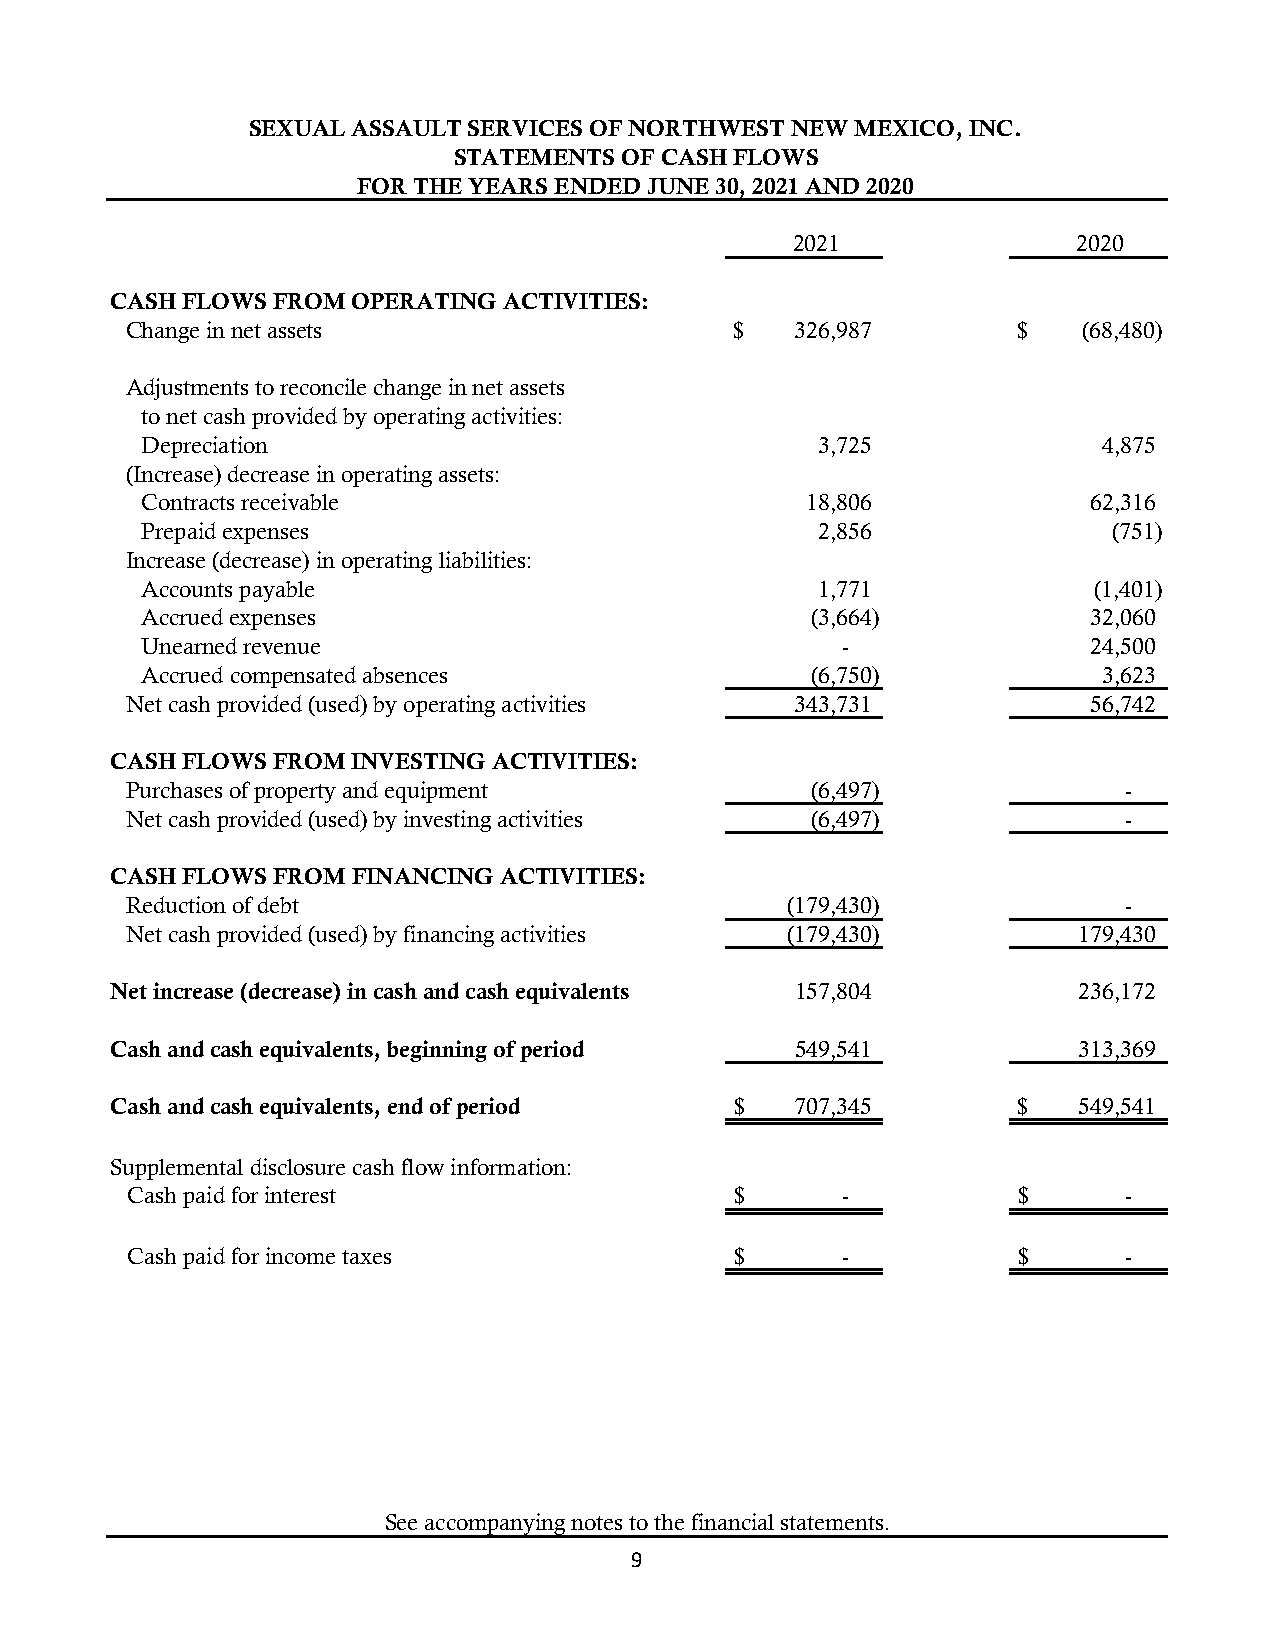
SEXUAL ASSAULT SERVICES OF NORTHWEST NEW MEXICO, INC.
 STATEMENTS OF CASH FLOWS
 FOR THE YEARS ENDED JUNE 30, 2021 AND 2020
 2021              2020
 CASH FLOWS FROM OPERATING ACTIVITIES:
 Change in net assets                     $   3 26,987      $    (68,480)
 Adjustments to reconcile change in net assets
 to net cash provided by operating activities:
 Depreciation                                 3,725              4,875
 (Increase) decrease in operating assets:
 Contracts receivable                        1 8,806            62,316
 Prepaid expenses                             2,856               ( 751)
 Increase (decrease) in operating liabilities:
 Accounts payable                             1,771             (1,401)
 Accrued expenses                             (3,664)           32,060
 Unearned revenue                               -               24,500
 Accrued compensated absences                 (6,750)            3,623
 Net cash provided (used) by operating activities 3 43,731       5 6,742
 CASH FLOWS FROM INVESTING ACTIVITIES:
 Purchases of property and equipment           (6,497)              -
 Net cash provided (used) by investing activities (6,497)           -
 CASH FLOWS FROM FINANCING ACTIVITIES:
 Reduction of debt                           (179,430)              -
 Net cash provided (used) by financing activities (179,430)     1 79,430
 Net increase (decrease) in cash and cash equivalents 1 57,804   2 36,172
 Cash and cash equivalents, beginning of period 5 49,541         313,369
 Cash and cash equivalents, end of period  $   7 07,345      $   549,541
 Supplemental disclosure cash flow information:
 Cash paid for interest                   $      -          $       -
 Cash paid for income taxes               $      -          $       -
 See accompanying notes to the financial statements.
 9